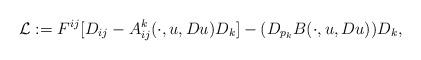
LaTeX: \begin{align*}\mathcal{L}:= F^{ij}[D_{ij}-A_{ij}^k (\cdot, u, Du)D_k] - (D_{p_k}B(\cdot, u, Du))D_k,\end{align*}